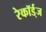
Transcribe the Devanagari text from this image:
रेकॉर्ड्‌ज